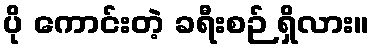
ပို ကောင်းတဲ့ ခရီးစဉ် ရှိလား။